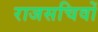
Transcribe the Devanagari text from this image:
राजसचिवों